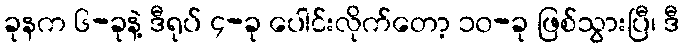
ခုနက ၆-ခုနဲ့ ဒီရုပ် ၄-ခု ပေါင်းလိုက်တော့ ၁၀-ခု ဖြစ်သွားပြီ၊ ဒီ